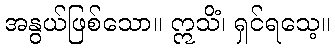
အနွယ်ဖြစ်သော။ ဣသိံ၊ ရှင်ရသေ့။